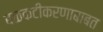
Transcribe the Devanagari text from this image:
बळकटीकरणाबाबत